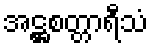
အဋ္ဌစတ္တာရီသံ